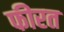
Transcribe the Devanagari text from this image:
फीरत